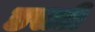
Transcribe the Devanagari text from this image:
डसटी